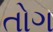
તોગ